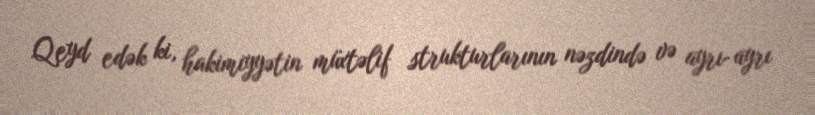
Qeyd edək ki, hakimiyyətin müxtəlif strukturlarının nəzdində və ayrı-ayrı